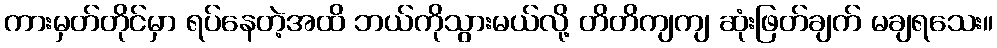
ကားမှတ်တိုင်မှာ ရပ်နေတဲ့အထိ ဘယ်ကိုသွားမယ်လို့ တိတိကျကျ ဆုံးဖြတ်ချက် မချရသေး။